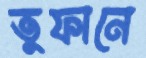
তুফানে